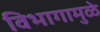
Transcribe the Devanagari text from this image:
विभागामुळे